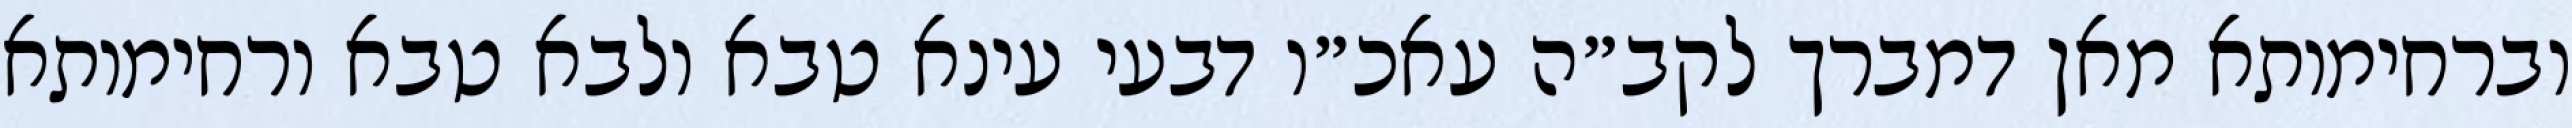
וברחימותא מאן דמברך לקב״ה עאכ״ו דבעי עינא טבא ולבא טבא ורחימותא